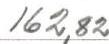
162,82